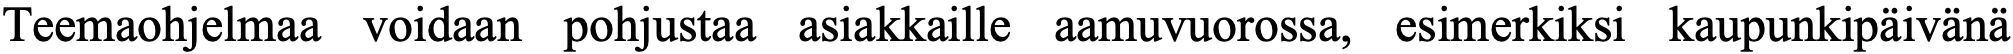
Teemaohjelmaa voidaan pohjustaa asiakkaille aamuvuorossa, esimerkiksi kaupunkipäivänä